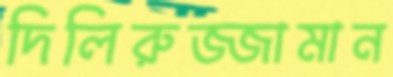
দিলিরুজ্জামান